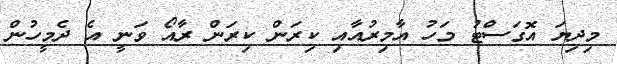
މިދިޔަ އޮގަސްޓު މަހު އާމިރުއާއި ކިރަން ކިރަން ރާއޯ ވަނީ އެ ދެމީހުން